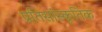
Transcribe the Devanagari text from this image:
प्रतिसांस्कृतिक